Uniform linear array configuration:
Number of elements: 24
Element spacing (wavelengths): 0.25
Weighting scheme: kaiser
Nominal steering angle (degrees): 0
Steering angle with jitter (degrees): -1.512
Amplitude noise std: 0.05
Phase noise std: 0.05

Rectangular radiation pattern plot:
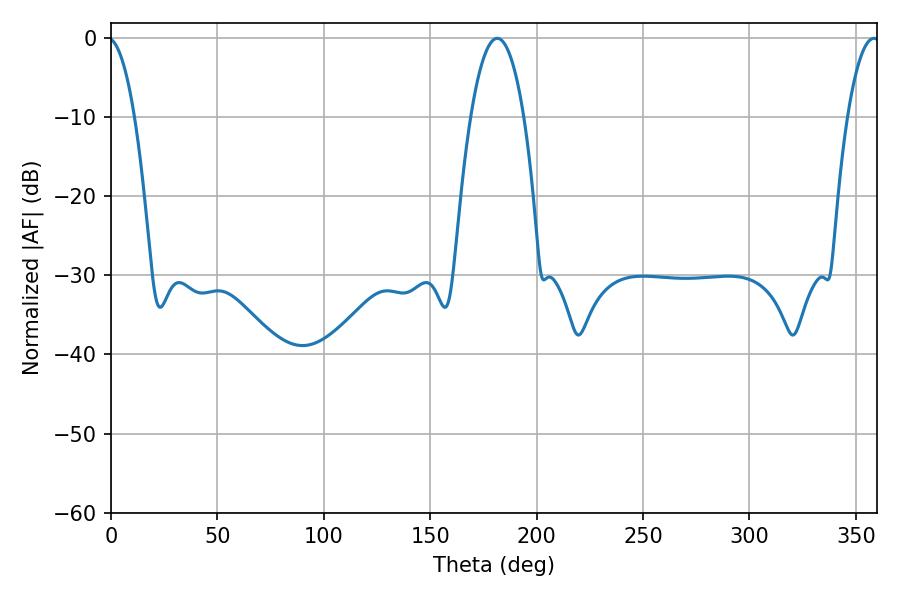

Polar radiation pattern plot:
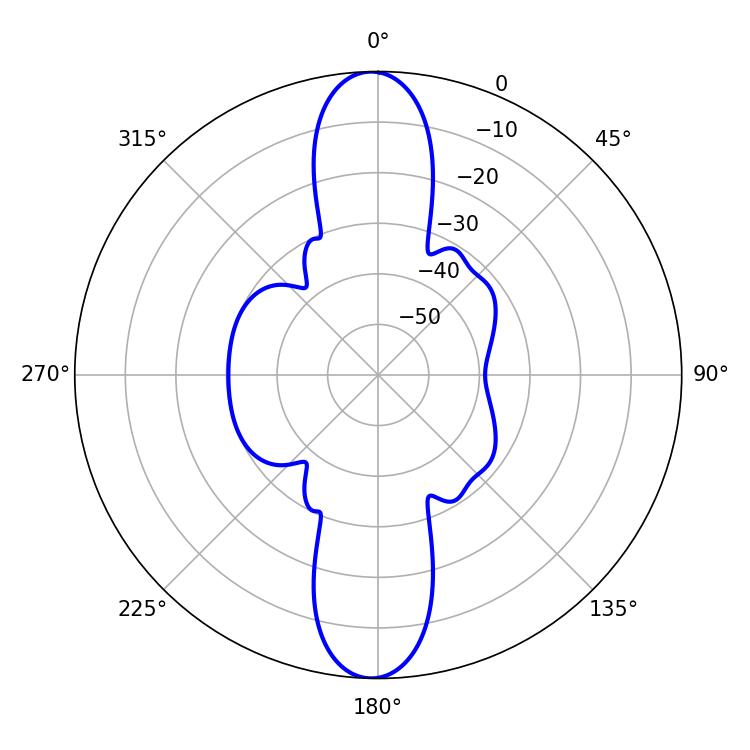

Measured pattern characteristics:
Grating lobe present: FALSE
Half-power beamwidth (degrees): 13.86
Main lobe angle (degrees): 181.44